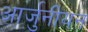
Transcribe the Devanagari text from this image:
आर्जुनीयन